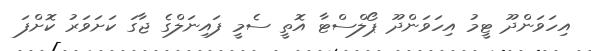
އިހަވަންދޫ ޓީމު އިހަވަންދޫ ޕޯލްސްޓާ އޮތީ ސެމީ ފައިނަލްގެ ޖާގަ ކަށަވަރު ކޮށްފަ